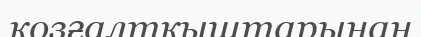
қозғалтқыштарынан